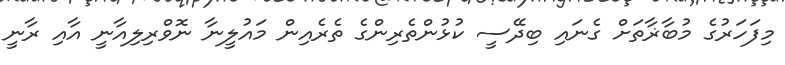
މިފަހަރުގެ މުބާޜާތަށް ގެނައި ބިދޭސީ ކުޅުންތެރިންގެ ތެރެއިން މައުލީނާ ނޮވްރިލިއާނީ އާއި ރާނީ